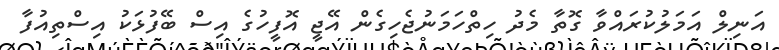
އަނިލް އަމަލުކުރައްވާ ގޮތާ މެދު ހިތްހަމަނުޖެހިގެން އޭޖީ އޮފީހުގެ އިސް ބޭފުޅަކު އިސްތިއުފާ